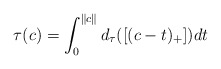
\begin{align*}\tau(c)=\int_0^{\|c\|}d_\tau([(c-t)_+])dt\end{align*}